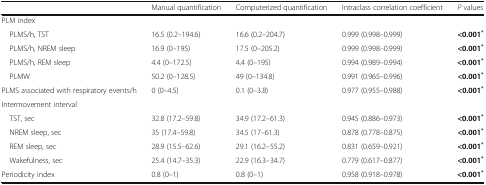
|  | Manual quantification | Computerized quantification | Intraclass correlation coefficient | P values |
 | --- | --- | --- | --- | --- |
 | <COLSPAN=5> PLM index |
 | PLMS/h, TST | 16.5 (0.2–194.6) | 16.6 (0.2–204.7) | 0.999 (0.998–0.999) | <0.001* |
 | PLMS/h, NREM sleep | 16.9 (0–195) | 17.5 (0–205.2) | 0.999 (0.998–0.999) | <0.001* |
 | PLMS/h, REM sleep | 4.4 (0–172.5) | 4.4 (0–195) | 0.994 (0.989–0.994) | <0.001* |
 | PLMW | 50.2 (0–128.5) | 49 (0–134.8) | 0.991 (0.965–0.996) | <0.001* |
 | PLMS associated with respiratory events/h | 0 (0–4.5) | 0.1 (0–3.8) | 0.977 (0.955–0.988) | <0.001* |
 | <COLSPAN=5> Intermovement interval |
 | TST, sec | 32.8 (17.2–59.8) | 34.9 (17.2–61.3) | 0.945 (0.886–0.973) | <0.001* |
 | NREM sleep, sec | 35 (17.4–59.8) | 34.5 (17–61.3) | 0.878 (0.778–0.875) | <0.001* |
 | REM sleep, sec | 28.9 (15.5–62.6) | 29.1 (16.2–55.2) | 0.831 (0.659–0.921) | <0.001* |
 | Wakefulness, sec | 25.4 (14.7–35.3) | 22.9 (16.3–34.7) | 0.779 (0.617–0.877) | <0.001* |
 | Periodicity index | 0.8 (0–1) | 0.8 (0–1) | 0.958 (0.918–0.978) | <0.001* |